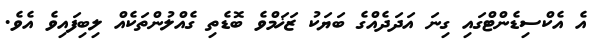
އެ އެކްސިޑެންޓްގައި ގިނަ އަދަދެއްގެ ބަޔަކު ޒަޚަމްވެ ބޮޑެތި ގެއްލުންތަކެއް ލިބިފައިވެ އެވެ.